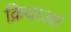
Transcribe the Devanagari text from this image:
क्रियाआं